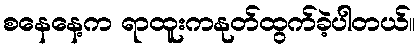
စနေနေ့က ရာထူးကနုတ်ထွက်ခဲ့ပါတယ်။